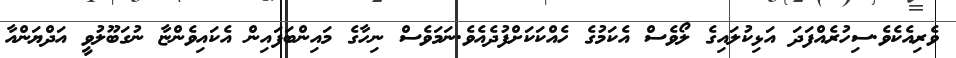
ވެރިއެކެވެ.ސިހުރެއްފަދަ އަޅިކުލައިގެ ލޯވެސް އެކަމުގެ ހެއްކަކަށްފުދެއެވެ.ނަމަވެސް ނިހާގެ މައިންބަފައިން އެކައިވެންޏާ ނުގަބޫލުވީ އަދްޔަންއާ